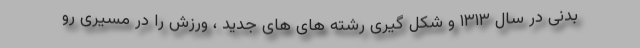
بدنی در سال ۱۳۱۳ و شکل گیری رشته های های جدید ، ورزش را در مسیری رو